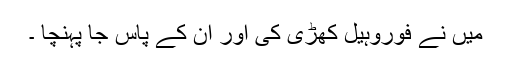
میں نے فوروہیل کھڑی کی اور ان کے پاس جا پہنچا ۔